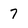
Character: 7